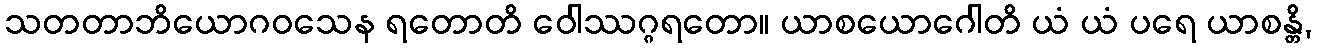
သတတာဘိယောဂဝသေန ရတောတိ ဝေါဿဂ္ဂရတော။ ယာစယောဂေါတိ ယံ ယံ ပရေ ယာစန္တိ,